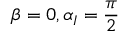
\beta = 0 , \alpha _ { I } = \frac { \pi } { 2 }